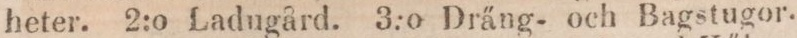
heter. 2:o Ladugård. 3:o Dräng- och Bagstugor.